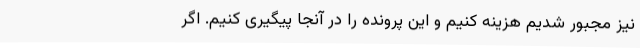
نیز مجبور شدیم هزینه کنیم و این پرونده را در آنجا پیگیری کنیم. اگر